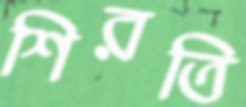
শিরতি